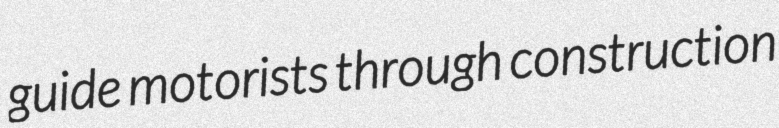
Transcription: guide motorists through construction